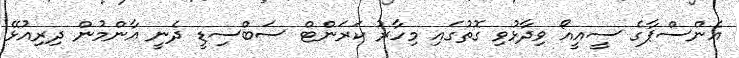
އެންސްޕާގެ ސީއީއޯ ވިދާޅުވި ގޮތުގައި މިހާރު ކަރަންޓް ސަބްސިޑީ ދެނީ އާންމުން ދިރިއުޅޭ